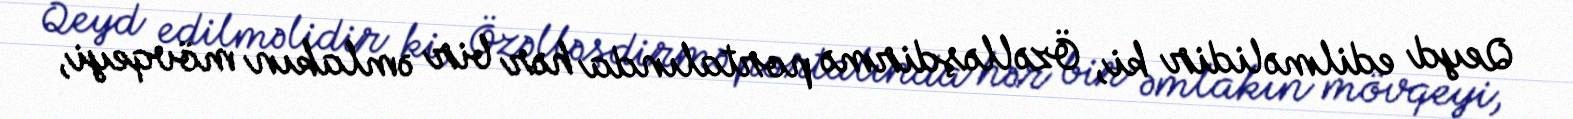
Qeyd edilməlidir ki, Özəlləşdirmə portalında hər bir əmlakın mövqeyi,